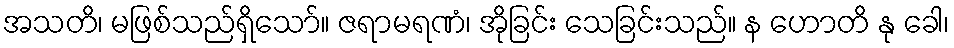
အသတိ၊ မဖြစ်သည်ရှိသော်။ ဇရာမရဏံ၊ အိုခြင်း သေခြင်းသည်။ န ဟောတိ နု ခေါ၊